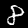
Label: 8